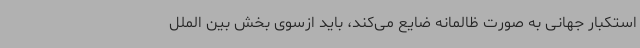
استکبار جهانی به صورت ظالمانه ضایع می‌کند، باید ازسوی بخش بین الملل